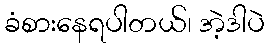
ခံစားနေရပါတယ်၊ အဲ့ဒါပဲ